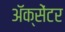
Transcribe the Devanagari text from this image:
ॲक्सेंटर